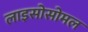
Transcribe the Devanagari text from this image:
लाइसोसोमल